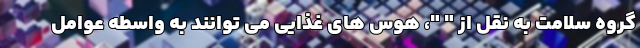
گروه سلامت به نقل از " "، هوس های غذایی می توانند به واسطه عوامل